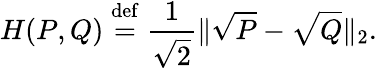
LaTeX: H(P,Q)\stackrel{\mathrm{def}}{=}\frac 1{\sqrt{2}}\lVert\sqrt{P}-\sqrt{Q}\rVert_{2}.